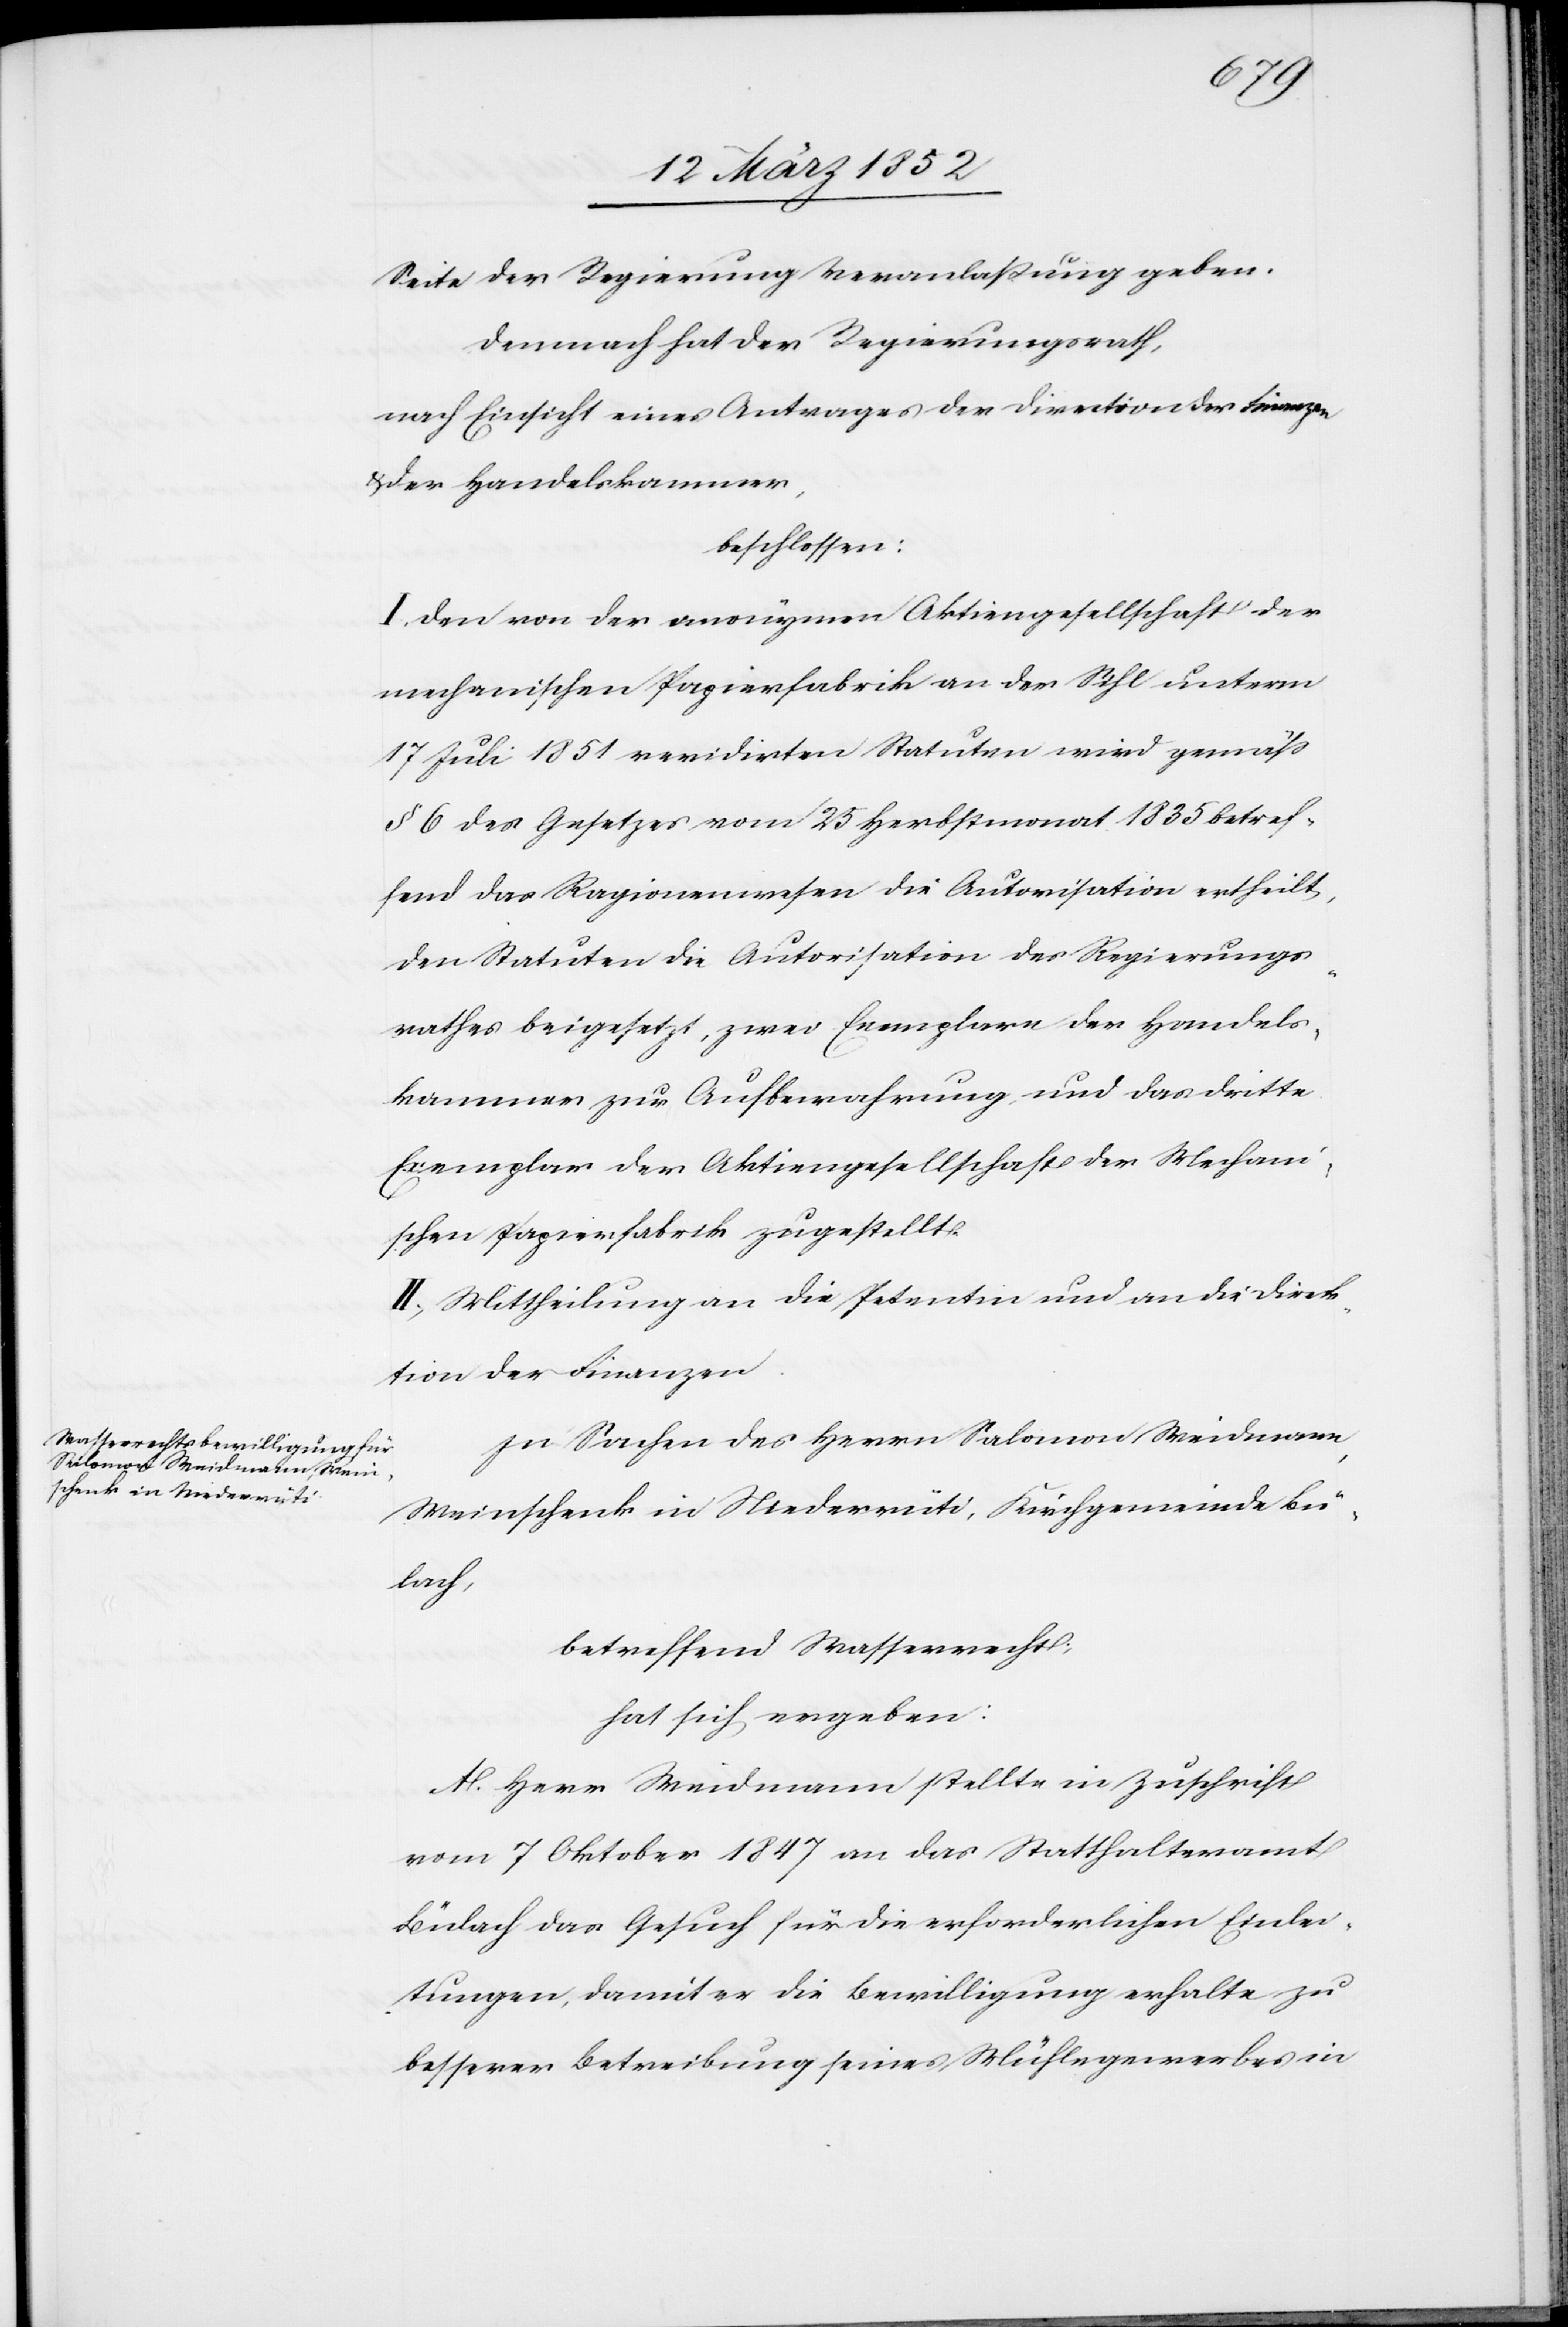
Seite der Regierung Veranlaßung geben.
Demnach hat der Regierungsrath,
nach Einsicht eines Antrages der Direction der Finanzen
u. der Handelskammer,
beschlossen:
I. Den von der anonymen Aktiengesellschaft der
mechanischen Papierfabrik an der Sihl unterm
17 Juli 1851 revidirten Statuten wird gemäß
§ 6 des Gesetzes vom 25 Herbstmonat 1835 betref¬
fend das Ragionenwesen die Autorisation ertheilt,
den Statuten die Autorisation des Regierungs¬
rathes beigesetzt, zwei Exemplare der Handels¬
kammer zur Aufbewahrung, und das dritte
Exemplar der Aktiengesellschaft der Mechani¬
schen Papierfabrik zugestellt.
II. Mittheilung an die Petentin und an die Direk¬
tion der Finanzen.
In Sachen des Herrn Salomon Weidmann,
Weinschenk in Niederrüti, Kirchgemeinde Bü¬
lach,
betreffend Wasserrecht,
hat sich ergeben:
A. Herr Weidmann stellte in Zuversicht
vom 7 Oktober 1847 an das Statthalteramt
Bülach das Gesuch für die erforderlichen Einlei¬
tungen, damit er die Bewilligung erhalte zu
besserer Betreibung seines Mühlewerkes in